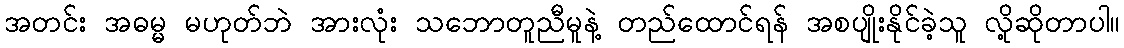
အတင်း အဓမ္မ မဟုတ်ဘဲ အားလုံး သဘောတူညီမူနဲ့ တည်ထောင်ရန် အစပျိုးနိုင်ခဲ့သူ လို့ဆိုတာပါ။